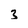
Character: 3